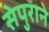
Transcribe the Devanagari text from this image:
सेपुराने